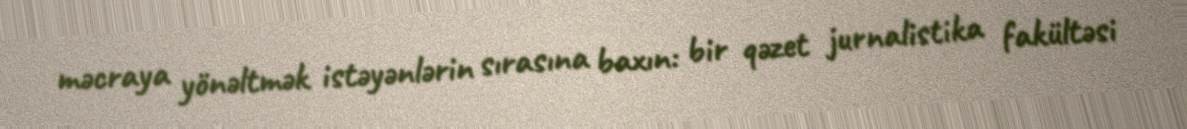
məcraya yönəltmək istəyənlərin sırasına baxın: bir qəzet jurnalistika fakültəsi